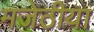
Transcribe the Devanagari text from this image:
मजेठीया